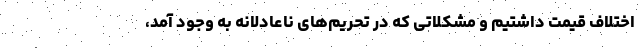
اختلاف قیمت داشتیم و مشکلاتی که در تحریم‌های ناعادلانه به وجود آمد،